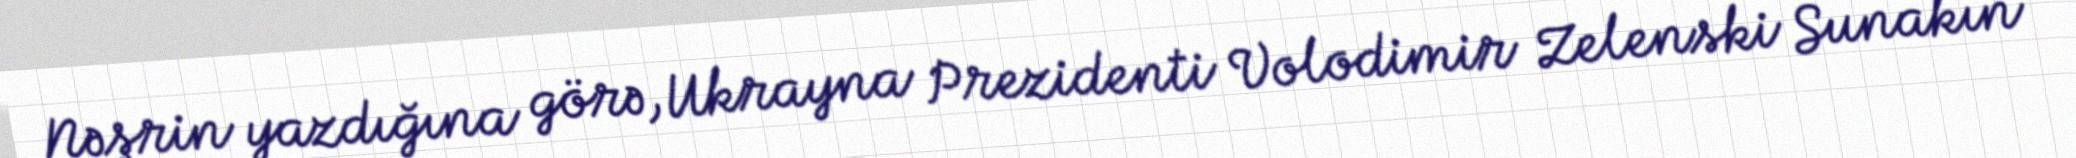
Nəşrin yazdığına görə, Ukrayna Prezidenti Volodimir Zelenski Sunakın